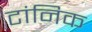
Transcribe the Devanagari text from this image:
टांनिक